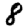
Digit: 8